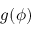
g ( \phi )